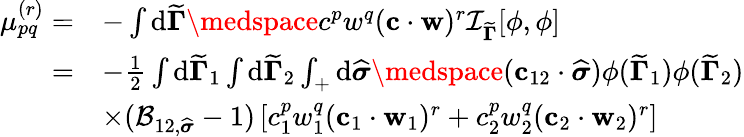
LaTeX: \begin{array}{rl}{\mu_{pq}^{(r)}=}&{-\int\mathrm{d}{\widetilde{\mathbf{\Gamma}}}\medspace c^{p}w^{q}(\mathbf{c}\cdot\mathbf{w})^{r}\mathcal{I}_{{\widetilde{\mathbf{\Gamma}}}}[\phi,\phi]}\\ {=}&{-\frac{1}{2}\int\mathrm{d}{\widetilde{\mathbf{\Gamma}}}_{1}\int\mathrm{d}{\widetilde{\mathbf{\Gamma}}}_{2}\int_{+}\mathrm{d}\widehat{\boldsymbol{\sigma}}\medspace(\mathbf{c}_{12}\cdot\widehat{\boldsymbol{\sigma}})\phi({\widetilde{\mathbf{\Gamma}}}_{1})\phi({\widetilde{\mathbf{\Gamma}}}_{2})}\\ &{\times(\mathcal{B}_{12,\widehat{\boldsymbol{\sigma}}}-1)\left[c_{1}^{p}w_{1}^{q}(\mathbf{c}_{1}\cdot\mathbf{w}_{1})^{r}+c_{2}^{p}w_{2}^{q}(\mathbf{c}_{2}\cdot\mathbf{w}_{2})^{r}\right]}\end{array}